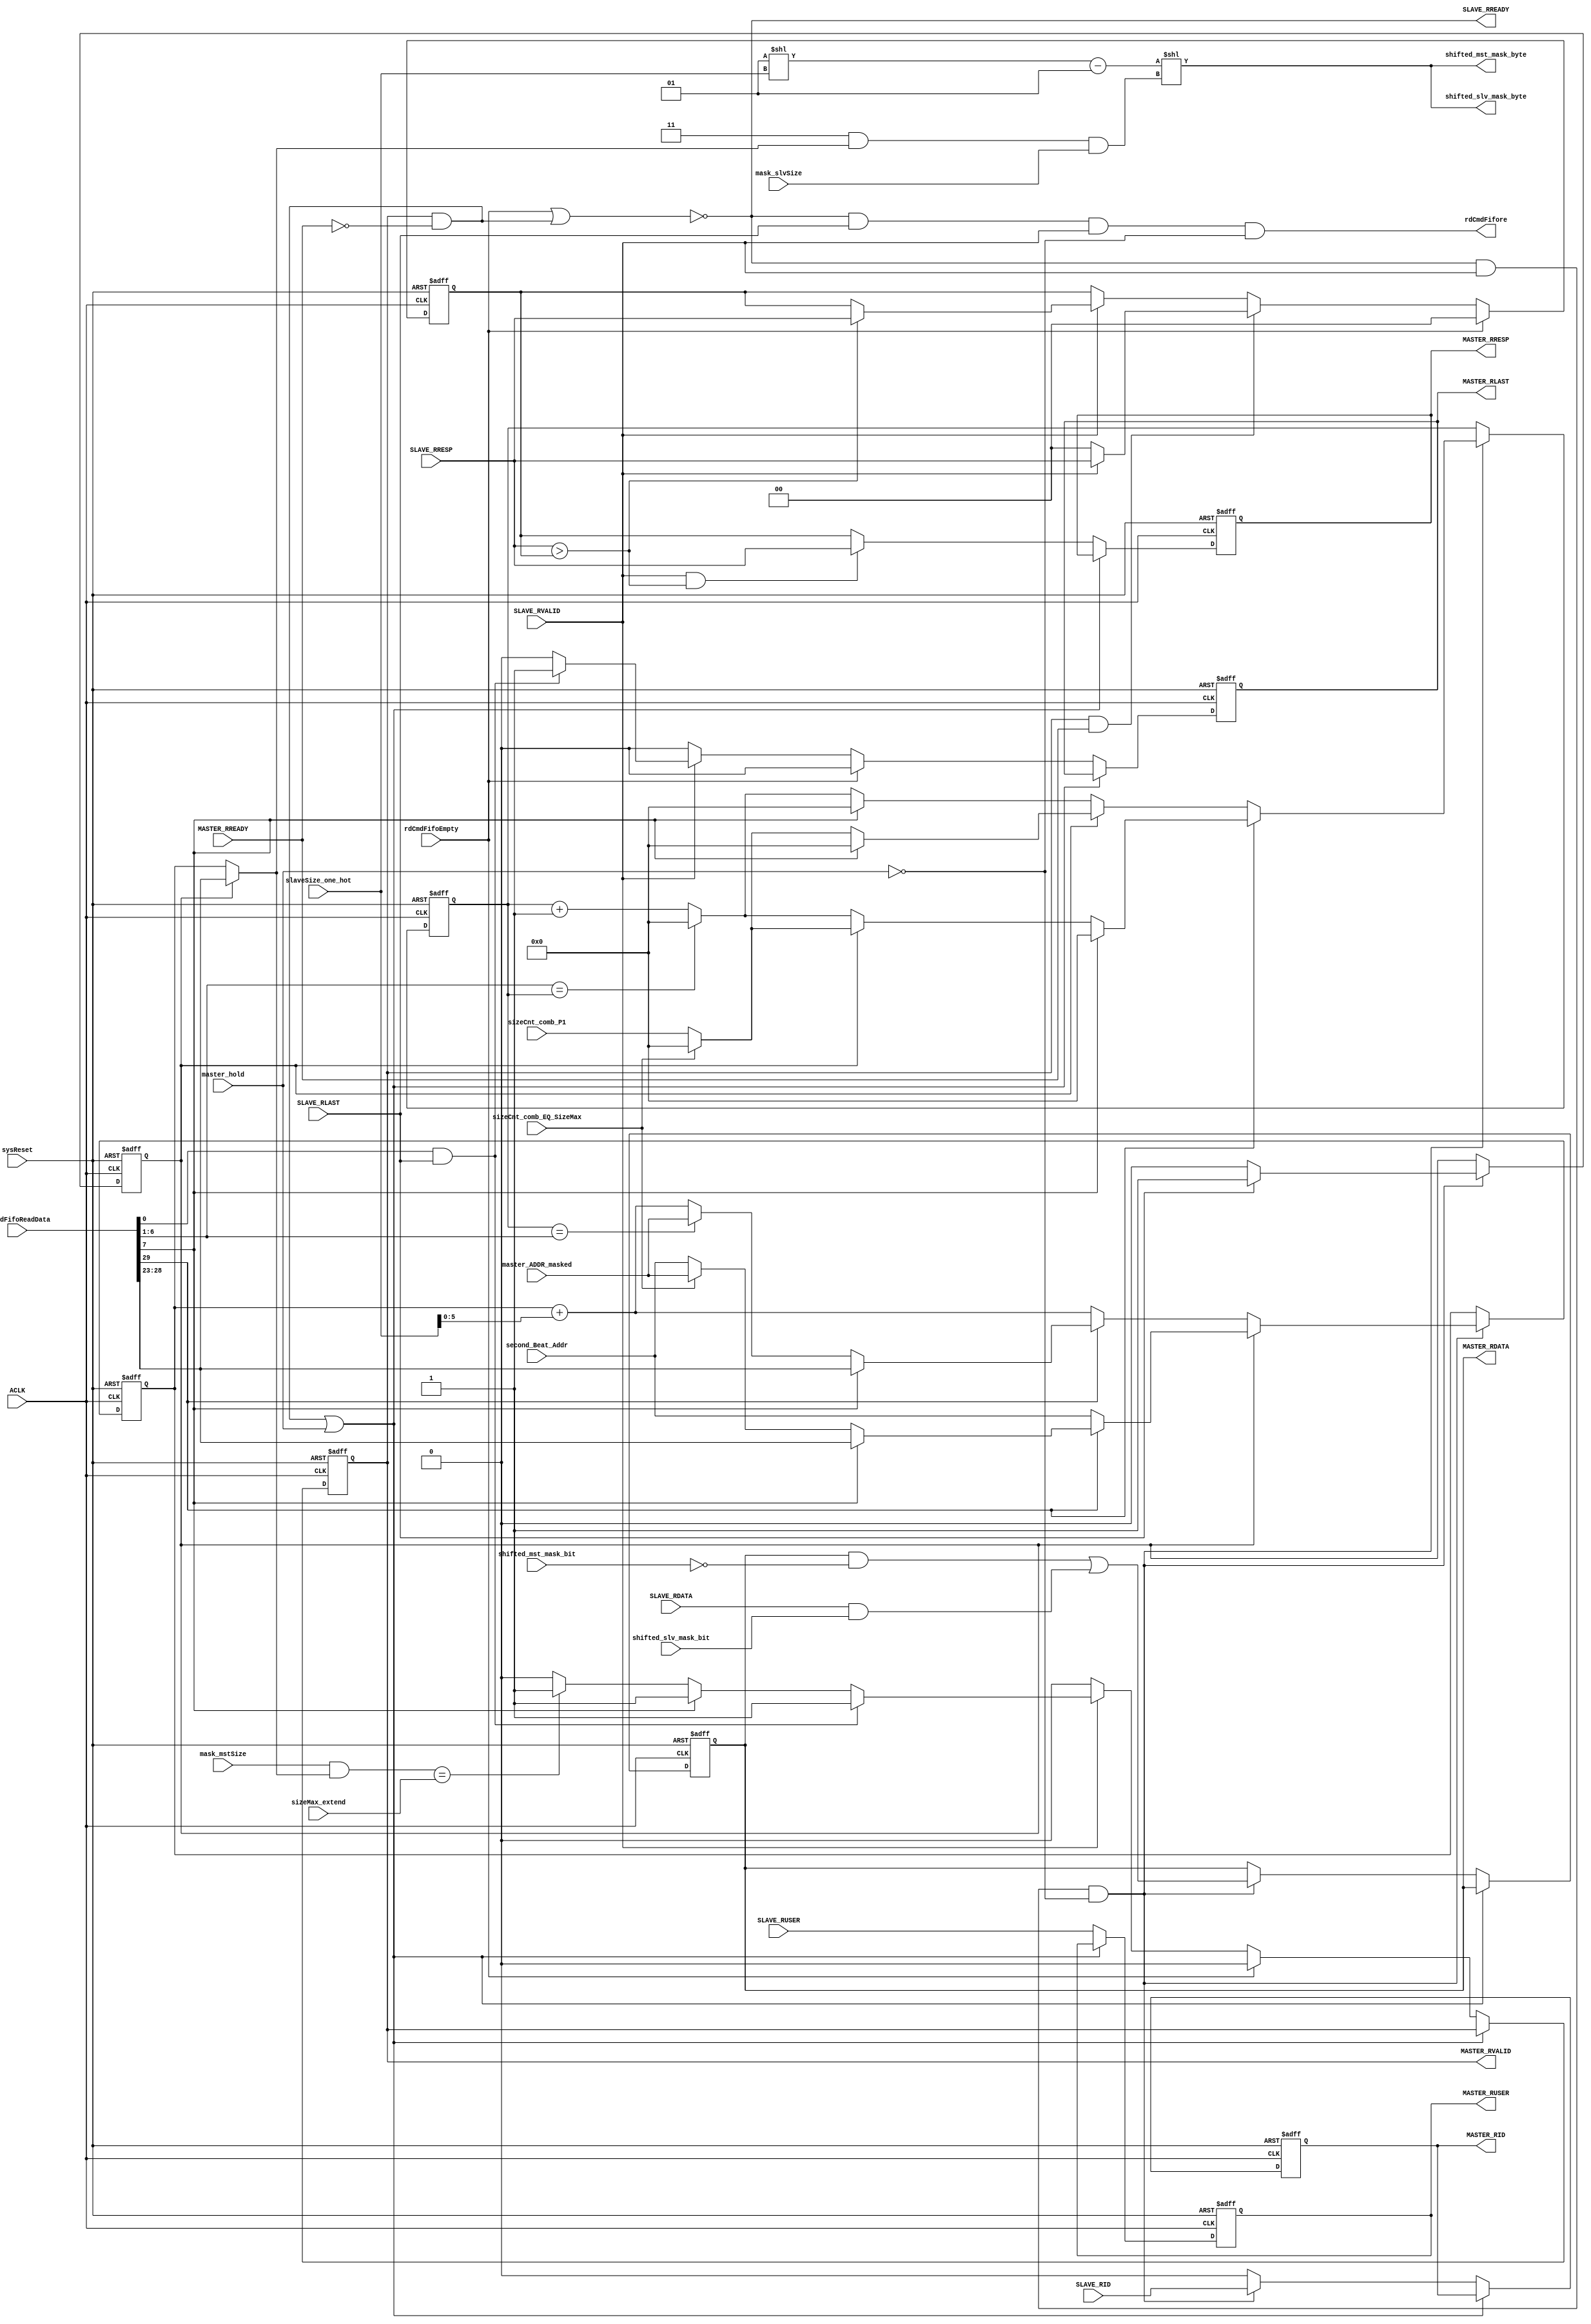
///////////////////////////////////////////////////////////////////////////////////////////////////
// Company: MICROSEMI
//
// IP Core: COREAXI4INTERCONNECT
//
//  Description  : The AMBA AXI4 Interconnect core connects one or more AXI memory-mapped master devices to one or
//                 more memory-mapped slave devices. The AMBA AXI protocol supports high-performance, high-frequency
//                 system designs.
//
//  COPYRIGHT 2017 BY MICROSEMI 
//  THE INFORMATION CONTAINED IN THIS DOCUMENT IS SUBJECT TO LICENSING RESTRICTIONS 
//  FROM MICROSEMI CORP.  IF YOU ARE NOT IN POSSESSION OF WRITTEN AUTHORIZATION FROM 
//  MICROSEMI FOR USE OF THIS FILE, THEN THE FILE SHOULD BE IMMEDIATELY DESTROYED AND 
//  NO BACK-UP OF THE FILE SHOULD BE MADE. 
//
//
/////////////////////////////////////////////////////////////////////////////////////////////////// 
 
 
module caxi4interconnect_DWC_DownConv_widthConvrd (
                                 //  input ports
                                 sysReset,
                                 ACLK,
                                 MASTER_RREADY,								 
                                 SLAVE_RDATA,
                                 SLAVE_RLAST,
                                 SLAVE_RVALID,
								 SLAVE_RID,
                                 SLAVE_RRESP,
                                 SLAVE_RUSER,
                                 rdCmdFifoReadData,
                                 rdCmdFifoEmpty,
                                 mask_mstSize,
                                 mask_slvSize,
                                 sizeCnt_comb_EQ_SizeMax,
                                 master_ADDR_masked,
                                 second_Beat_Addr,
                                 sizeCnt_comb_P1,
                                 slaveSize_one_hot,
                                 sizeMax_extend,
                                 shifted_slv_mask_bit,
                                 shifted_mst_mask_bit,
 
                                 //  output ports
                                 MASTER_RID,
                                 MASTER_RDATA,
                                 MASTER_RLAST,
                                 MASTER_RVALID,
                                 MASTER_RUSER,
                                 MASTER_RRESP,
                                 SLAVE_RREADY,
                                 rdCmdFifore,
                                 shifted_slv_mask_byte,
                                 shifted_mst_mask_byte,
								 master_hold
                                 );
 
   parameter        CMD_FIFO_DATA_WIDTH       = 30;
   parameter        USER_WIDTH                = 1;
   parameter        ID_WIDTH                  = 1;
   parameter        DATA_WIDTH_IN             = 32;
   parameter        DATA_WIDTH_OUT            = 32;
   parameter        READ_INTERLEAVE           = 1;
   
//  input ports
   input            sysReset;
   wire             sysReset;
   input            ACLK;
   wire             ACLK;
   input            MASTER_RREADY;
   wire             MASTER_RREADY;
   input     [DATA_WIDTH_IN - 1:0] SLAVE_RDATA;
   wire      [DATA_WIDTH_IN - 1:0] SLAVE_RDATA;
   input            SLAVE_RLAST;
   wire             SLAVE_RLAST;
   input            SLAVE_RVALID;
   wire             SLAVE_RVALID;
   input     [ID_WIDTH-1:0] SLAVE_RID;
   input     [1:0]  SLAVE_RRESP;
   wire      [1:0]  SLAVE_RRESP;
   input     [USER_WIDTH - 1:0] SLAVE_RUSER;
   wire      [USER_WIDTH - 1:0] SLAVE_RUSER;
   input     [CMD_FIFO_DATA_WIDTH - 1:0] rdCmdFifoReadData;
   wire      [CMD_FIFO_DATA_WIDTH - 1:0] rdCmdFifoReadData;
   input            rdCmdFifoEmpty;
   wire             rdCmdFifoEmpty;
   input     [5:0]  mask_mstSize;
   wire      [5:0]  mask_mstSize;
   input     [5:0]  mask_slvSize;
   wire      [5:0]  mask_slvSize;
   input            sizeCnt_comb_EQ_SizeMax;
   wire             sizeCnt_comb_EQ_SizeMax;
   input     [5:0]  master_ADDR_masked;
   wire      [5:0]  master_ADDR_masked;
   input     [5:0]  second_Beat_Addr;
   wire      [5:0]  second_Beat_Addr;
   input     [5:0]  sizeCnt_comb_P1;
   wire      [5:0]  sizeCnt_comb_P1;
   input     [6:0]  slaveSize_one_hot;
   wire      [6:0]  slaveSize_one_hot;
   input     [5:0]  sizeMax_extend;
   wire      [5:0]  sizeMax_extend;
   input     [DATA_WIDTH_IN - 1:0] shifted_slv_mask_bit;
   wire      [DATA_WIDTH_IN - 1:0] shifted_slv_mask_bit;
   input     [DATA_WIDTH_OUT - 1:0] shifted_mst_mask_bit;
   wire      [DATA_WIDTH_OUT - 1:0] shifted_mst_mask_bit;
   input                            master_hold;
//  output ports
   output    [ID_WIDTH - 1:0] MASTER_RID;
   reg       [ID_WIDTH - 1:0] MASTER_RID;
   output    [DATA_WIDTH_OUT - 1:0] MASTER_RDATA;
   reg       [DATA_WIDTH_OUT - 1:0] MASTER_RDATA;
   output           MASTER_RLAST;
   reg              MASTER_RLAST;
   output           MASTER_RVALID;
   reg              MASTER_RVALID;
   output    [USER_WIDTH - 1:0] MASTER_RUSER;
   reg       [USER_WIDTH - 1:0] MASTER_RUSER;
   output    [1:0]  MASTER_RRESP;
   reg       [1:0]  MASTER_RRESP;
   output           SLAVE_RREADY;
   wire             SLAVE_RREADY;
   output           rdCmdFifore;
   wire             rdCmdFifore;
   output    [(DATA_WIDTH_IN / 8) - 1:0] shifted_slv_mask_byte;
   wire      [(DATA_WIDTH_IN / 8) - 1:0] shifted_slv_mask_byte;
   output    [(DATA_WIDTH_OUT / 8) - 1:0] shifted_mst_mask_byte;
   wire      [(DATA_WIDTH_OUT / 8) - 1:0] shifted_mst_mask_byte;
//  local signals
   wire      [5:0]  int_masterADDR;
   wire             SameMstSlvSize;
   wire             lastTx;
   wire             master_accept;
   reg       [8:0]  cnt;
   reg       [5:0]  current_addr;
   reg       [5:0]  current_addr_reg;
   wire             slave_valid_data;
   wire      [5:0]  dataLoc;
   wire      [5:0]  dataLocMst;
   wire      [5:0]  dataLocSlv;
   wire      [DATA_WIDTH_OUT - 1:0] MASTER_RDATA_next;
   wire      [DATA_WIDTH_OUT - 1:0] MASTER_RDATA_masked;
   wire      [DATA_WIDTH_IN - 1:0] SLAVE_RDATA_masked;
   wire      [5:0]  addr_mux;
   wire      [ID_WIDTH - 1:0] int_masterRID;
   wire             fixed_flag;
   reg       [5:0]  sizeCnt;
   reg       [5:0]  sizeCnt_reg;
   reg              cnt_EQ_zero;
   wire      [5:0]  SizeMax;
   wire      [(DATA_WIDTH_IN / 8) - 1:0] unshifted_mask;     //  TC: this mask is based on a one-hot size (not encoded size)
   wire      [$clog2 (DATA_WIDTH_OUT / 8) - $clog2 (DATA_WIDTH_IN / 8) - 1:0] target_mst_data_part;
   wire      [$clog2 (DATA_WIDTH_IN) + $clog2 (DATA_WIDTH_OUT / 8) - $clog2 (DATA_WIDTH_IN / 8) - 1:0] slv_masked_rdata_shift;
   wire             master_hold_keep;
   wire      [1:0]  MASTER_RRESP_next;
   reg       [1:0]  SLAVE_RRESP_MAX;
   wire             higher_slave_rresp;
   wire             last_slave_beat;
 
 
   always @( posedge ACLK or negedge sysReset )
   begin   :widthConvRead_ctrl
 
      if (!sysReset)
      begin
         MASTER_RVALID <= 0;
         MASTER_RLAST <= 0;
         MASTER_RDATA <= 0;
         MASTER_RUSER <= 0;
         MASTER_RID <= 0;
         MASTER_RRESP <= 0;
      end
      else
      begin
         if (master_hold_keep | master_hold)
         begin
         end
         else
         begin
            MASTER_RDATA <= MASTER_RDATA_next;
            MASTER_RUSER <= SLAVE_RUSER;
			if(~READ_INTERLEAVE)
			  begin 
                MASTER_RID <= int_masterRID;            
			  end 
            MASTER_RRESP <= MASTER_RRESP_next;
 
            // Setting defaults
            // VALID and LAST defaulted to 0, and asserted as required.
            MASTER_RVALID <= 0;
            MASTER_RLAST <= 0;
            if (rdCmdFifoEmpty)
            begin
            end
            else
            begin
               if (SLAVE_RVALID)
               begin
                  if (last_slave_beat)
                  begin
                     MASTER_RVALID <= 1;
					 if(READ_INTERLEAVE)
					   begin 
					     MASTER_RID    <= int_masterRID; 
					   end 
                     MASTER_RLAST  <= 1;
                  end
                  else
                  begin
                     if (SameMstSlvSize)
                     begin
                        MASTER_RVALID <= 1;
						if(READ_INTERLEAVE)
					      begin
						    MASTER_RID    <= int_masterRID; 
						  end 
                     end
                     else
                     begin
                        if (dataLoc == sizeMax_extend)
                        begin
                           MASTER_RVALID <= 1;
						   if(READ_INTERLEAVE)
					         begin
						       MASTER_RID    <= int_masterRID; 
							 end 
                        end
                     end
                  end
               end
            end
         end
      end
   end
 
 
 
   always  @(slave_valid_data or cnt_EQ_zero or fixed_flag or SameMstSlvSize or int_masterADDR or sizeCnt_comb_EQ_SizeMax or master_ADDR_masked or second_Beat_Addr or sizeCnt_reg or SizeMax or
             current_addr_reg or slaveSize_one_hot)
   begin   :addr_ctrl
 
      if (slave_valid_data)
      begin
         if (cnt_EQ_zero)
         begin
            if (fixed_flag)
            begin
               if (SameMstSlvSize)
               begin
                  current_addr <= int_masterADDR;
               end
               else
               begin
                  if (sizeCnt_comb_EQ_SizeMax)
                  begin
                     current_addr <= master_ADDR_masked;
                  end
                  else
                  begin
                     current_addr <= second_Beat_Addr;
                  end
               end
            end
            else
            begin
               current_addr <= second_Beat_Addr;
            end
         end
         else
         begin
            if (fixed_flag)
            begin
               if (SameMstSlvSize)
               begin
                  current_addr <= int_masterADDR;
               end
               else
               begin
                  if (sizeCnt_reg == SizeMax)
                  begin
                     current_addr <= master_ADDR_masked;
                  end
                  else
                  begin
                     current_addr <= current_addr_reg + (slaveSize_one_hot);
                  end
               end
            end
            else
            begin
               current_addr <= current_addr_reg + (slaveSize_one_hot);
            end
         end
      end
      else
      begin
         current_addr <= current_addr_reg;
      end
   end
 
 
 
   always  @(slave_valid_data or fixed_flag or SameMstSlvSize or cnt_EQ_zero or sizeCnt_comb_EQ_SizeMax or sizeCnt_comb_P1 or SizeMax or sizeCnt_reg)
   begin   :sieCntCtrl
 
      if (slave_valid_data)
      begin
         if (fixed_flag)
         begin
            if (SameMstSlvSize)
            begin
               sizeCnt <= 'b0;
            end
            else
            begin
               if (cnt_EQ_zero)
               begin
                  if (SameMstSlvSize)
                  begin
                     sizeCnt <= 'b0;
                  end
                  else
                  begin
                     if (sizeCnt_comb_EQ_SizeMax)
                     begin
                        sizeCnt <= 'b0;
                     end
                     else
                     begin
                        sizeCnt <= sizeCnt_comb_P1;
                     end
                  end
               end
               else
               begin
                  if (SameMstSlvSize)
                  begin
                     sizeCnt <= 'b0;
                  end
                  else
                  begin
                     if (SizeMax == sizeCnt_reg)
                     begin
                        sizeCnt <= 'b0;
                     end
                     else
                     begin
                        sizeCnt <= sizeCnt_reg + 1;
                     end
                  end
               end
            end
         end
         else
         begin
            if (cnt_EQ_zero)
            begin
               if (SameMstSlvSize)
               begin
                  sizeCnt <= 'b0;
               end
               else
               begin
                  if (sizeCnt_comb_EQ_SizeMax)
                  begin
                     sizeCnt <= 'b0;
                  end
                  else
                  begin
                     sizeCnt <= sizeCnt_comb_P1;
                  end
               end
            end
            else
            begin
               if (SameMstSlvSize)
               begin
                  sizeCnt <= 'b0;
               end
               else
               begin
                  if (SizeMax == sizeCnt_reg)
                  begin
                     sizeCnt <= 'b0;
                  end
                  else
                  begin
                     sizeCnt <= sizeCnt_reg + 1;
                  end
               end
            end
         end
      end
      else
      begin
         sizeCnt <= sizeCnt_reg;
      end
   end
 
 
 
   always
      @( posedge ACLK or negedge sysReset )
   begin   :addrCtrl_reg
 
      if (!sysReset)
      begin
         current_addr_reg <= 0;
         sizeCnt_reg <= 0;
      end
      else
      begin
         current_addr_reg <= current_addr;
         sizeCnt_reg <= sizeCnt;
      end
   end
 
 
 
   always
      @( posedge ACLK or negedge sysReset )
   begin   :cnt_ctrl
 
      if (!sysReset)
      begin
         cnt <= 0;
         cnt_EQ_zero <= 1;
      end
      else
      begin
         if (slave_valid_data)
         begin
            if (SLAVE_RLAST)
            begin
               cnt <= 0;
               cnt_EQ_zero <= 1;
            end
            else
            begin
               cnt <= cnt + 1;
               cnt_EQ_zero <= 0;
            end
         end
      end
   end
 
 
 
   always
      @( posedge ACLK or negedge sysReset )
   begin   :rresp_ctrl
 
      if (!sysReset)
      begin
         SLAVE_RRESP_MAX <= 2'b00;
      end
      else
      begin
         if (rdCmdFifoEmpty)
         begin
            SLAVE_RRESP_MAX <= 2'b00;
         end
         else
         begin
            if (master_accept)
            begin
               if (SLAVE_RVALID)
               begin
                  SLAVE_RRESP_MAX <= SLAVE_RRESP;
               end
               else
               begin
                  SLAVE_RRESP_MAX <= 2'b00;
               end
            end
            else
            begin
               if (SLAVE_RVALID)
               begin
                  if (SLAVE_RRESP > SLAVE_RRESP_MAX)
                  begin
                     SLAVE_RRESP_MAX <= SLAVE_RRESP;
                  end
               end
            end
         end
      end
   end
 
   // Split up wrCmdFifoRdData
   //assign int_masterRID = READ_INTERLEAVE ? slave_valid_data ? SLAVE_RID : {ID_WIDTH{1'b0}}: rdCmdFifoReadData[30+ID_WIDTH-1:30];
   assign int_masterRID = READ_INTERLEAVE ? (slave_valid_data ? SLAVE_RID : {ID_WIDTH{1'b0}}) : SLAVE_RID ;
   assign fixed_flag = rdCmdFifoReadData[29];
   assign int_masterADDR = rdCmdFifoReadData[28:23];
   assign SameMstSlvSize = rdCmdFifoReadData[7];
   assign SizeMax = rdCmdFifoReadData[6:1]; // not used used for compering to dataLoc
   assign lastTx = rdCmdFifoReadData[0];
 
   assign rdCmdFifore = SLAVE_RREADY & SLAVE_RLAST & SLAVE_RVALID & ~master_hold;
 
   assign addr_mux = ((cnt_EQ_zero) ? int_masterADDR : current_addr_reg);
 
   // Location of data on Master bus
   assign dataLocMst = ((DATA_WIDTH_OUT/8) - 1) & addr_mux & mask_slvSize;
 
   assign dataLoc = ( mask_mstSize & addr_mux );
 
   // Location of data on Slave bus
   assign dataLocSlv = ((DATA_WIDTH_IN/8) - 1) & addr_mux & mask_slvSize;
 
   assign master_accept = MASTER_RVALID & MASTER_RREADY;
   assign slave_valid_data = SLAVE_RREADY & SLAVE_RVALID & ~master_hold;
 
   assign unshifted_mask = (1 << slaveSize_one_hot) - 1;
 
   assign shifted_mst_mask_byte = unshifted_mask << dataLocMst;
   assign shifted_slv_mask_byte = unshifted_mask << dataLocSlv;
 
   assign SLAVE_RDATA_masked = SLAVE_RDATA & shifted_slv_mask_bit;
   assign MASTER_RDATA_masked = MASTER_RDATA & ~shifted_mst_mask_bit;
 
   assign target_mst_data_part = dataLocMst >> $clog2(DATA_WIDTH_IN/8);
   assign slv_masked_rdata_shift = target_mst_data_part << $clog2(DATA_WIDTH_IN);
 
   assign MASTER_RDATA_next = slave_valid_data ? (MASTER_RDATA_masked | (SLAVE_RDATA_masked << slv_masked_rdata_shift)) : MASTER_RDATA;
 
 
 
   assign higher_slave_rresp = SLAVE_RVALID & (SLAVE_RRESP > SLAVE_RRESP_MAX);
   assign MASTER_RRESP_next = higher_slave_rresp ? SLAVE_RRESP : SLAVE_RRESP_MAX;
   // TC: highest response could just arrive so use combinatorial logic
 
   assign last_slave_beat = lastTx & SLAVE_RLAST;
   assign master_hold_keep = MASTER_RVALID & !MASTER_RREADY; // Hold and keep master values until this is cleared
   assign SLAVE_RREADY = !(rdCmdFifoEmpty | master_hold_keep );
 
 
 
 
 
 
endmodule